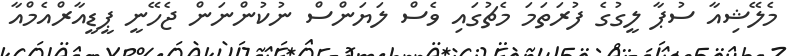
މެލޭޝިއާ ސުޕާ ލީގުގެ ފުރަތަމަ މެޗުގައި ވެސް ލަޔަންސް ނުކުންނަން ޖެހޭނީ ޕީޑީއާރްއެމްއާ